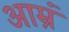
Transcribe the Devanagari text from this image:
आम्रं